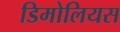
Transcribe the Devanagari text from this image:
डिमोलियस